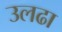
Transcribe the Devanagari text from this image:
उलढा